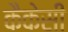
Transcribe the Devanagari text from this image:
कैकेसी